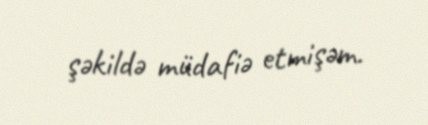
şəkildə müdafiə etmişəm.